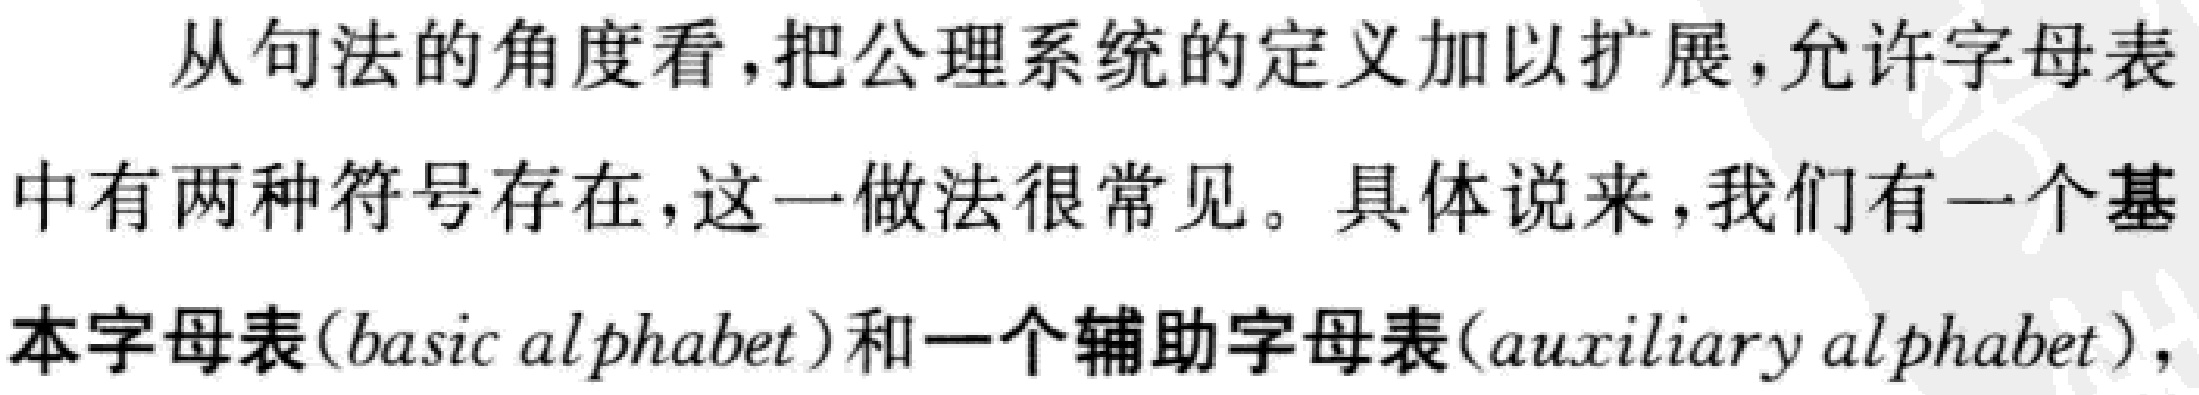
从句法的角度看,把公理系统的定义加以扩展,允许字母表中有两种符号存在,这一做法很常见。具体说来,我们有一个基本字母表(basic alphabet)和一个辅助字母表(auxiliary alphabet),